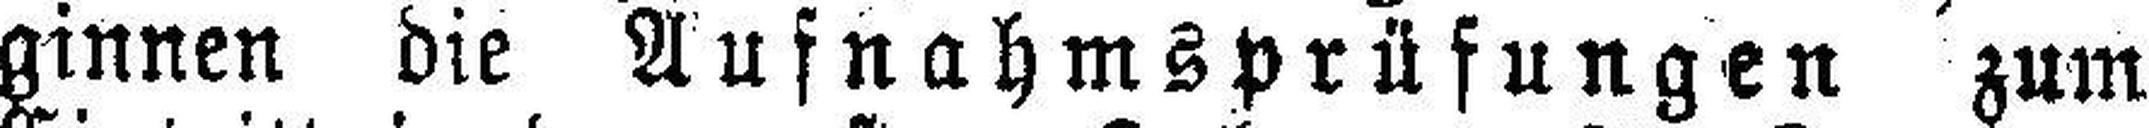
ginnen die Aufnahmsprüfungen zum